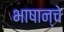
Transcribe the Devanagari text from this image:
भाषान्चे